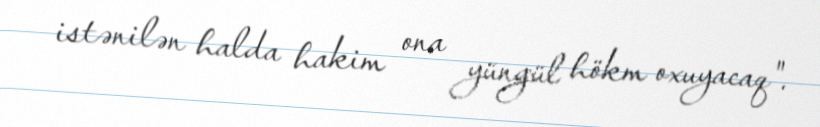
istənilən halda hakim ona yüngül hökm oxuyacaq".